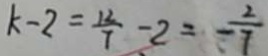
k - 2 = \frac { 1 2 } { 7 } - 2 = - \frac { 2 } { 7 }